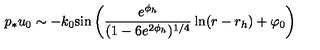
p _ { * } u _ { 0 } \sim - k _ { 0 } \mathrm { s i n } \left( \frac { e ^ { \phi _ { h } } } { ( 1 - 6 e ^ { 2 \phi _ { h } } ) ^ { 1 / 4 } } \ln ( r - r _ { h } ) + \varphi _ { 0 } \right)